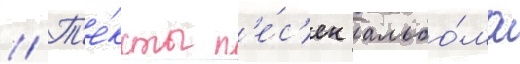
// Т'е́ксты п'е́с'ен альбо́ма